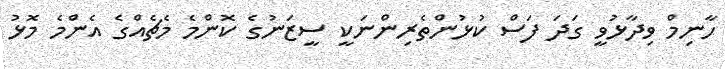
ހާނިމް ވިދާޅުވީ ގަދަ ފަސް ކުޅުންތެރިންނަކީ ސީޒަނުގެ ކޮންމެ މެޗެއްގެ އެންމެ މޮޅު